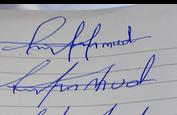
Signature authenticity: forged